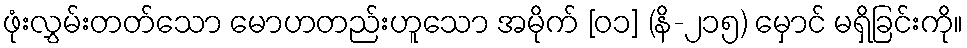
ဖုံးလွှမ်းတတ်သော မောဟတည်းဟူသော အမိုက် [၀၁] (နိ-၂၁၅) မှောင် မရှိခြင်းကို။